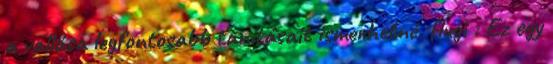
a vallása legfontosabb tanításait ismerhetné. flugi : Ez egy